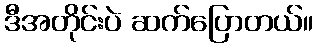
ဒီအတိုင်းပဲ ဆက်ပြောတယ်။